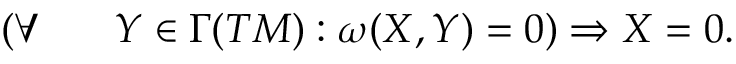
\begin{array} { r } { ( \forall \, \, \, \, \, \, \, \, \, \, \, Y \in \Gamma ( T M ) : \omega ( X , Y ) = 0 ) \Rightarrow X = 0 . } \end{array}